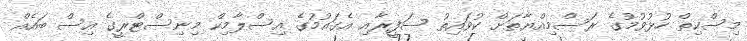
މިސްކިތް ހުޅުވުމުގެ ރަސްމިއްޔާތަށް ކުވައިތު ސަފީރާއި އެގައުމުގެ އިސްލާމިކް މިނިސްޓްރީގެ އިސް ބައެއް